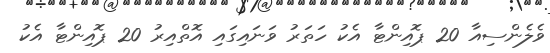
ވެލެންސިއާ 20 ޕޮއިންޓާ އެކު ހަތަރު ވަނައިގައި އޮތްއިރު 20 ޕޮއިންޓާ އެކު